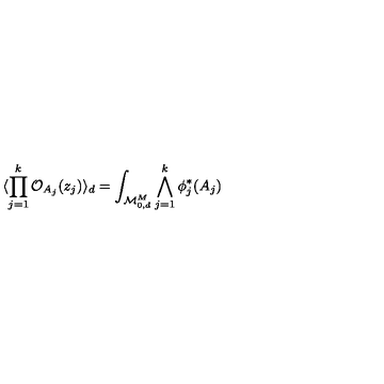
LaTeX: \langle \prod _ { j = 1 } ^ { k } { \cal O } _ { A _ { j } } ( z _ { j } ) \rangle _ { d } = \int _ { { \cal M } _ { 0 , d } ^ { M } } \bigwedge _ { j = 1 } ^ { k } \phi _ { j } ^ { * } ( A _ { j } )